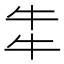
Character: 𤘧